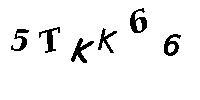
5TKK66